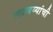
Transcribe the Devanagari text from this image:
लढवय्यांची